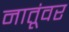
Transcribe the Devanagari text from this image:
नातूंवर